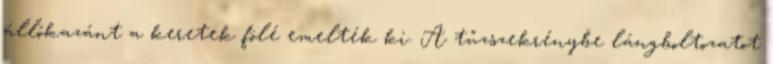
állókazánt a keretek fölé emelték ki. A tűzszekrénybe lángboltozatot